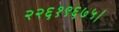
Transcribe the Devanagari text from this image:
२२६१९६७५।